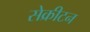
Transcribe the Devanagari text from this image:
सेक्रीटन